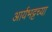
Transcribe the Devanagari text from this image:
आर्यभट्टच्या